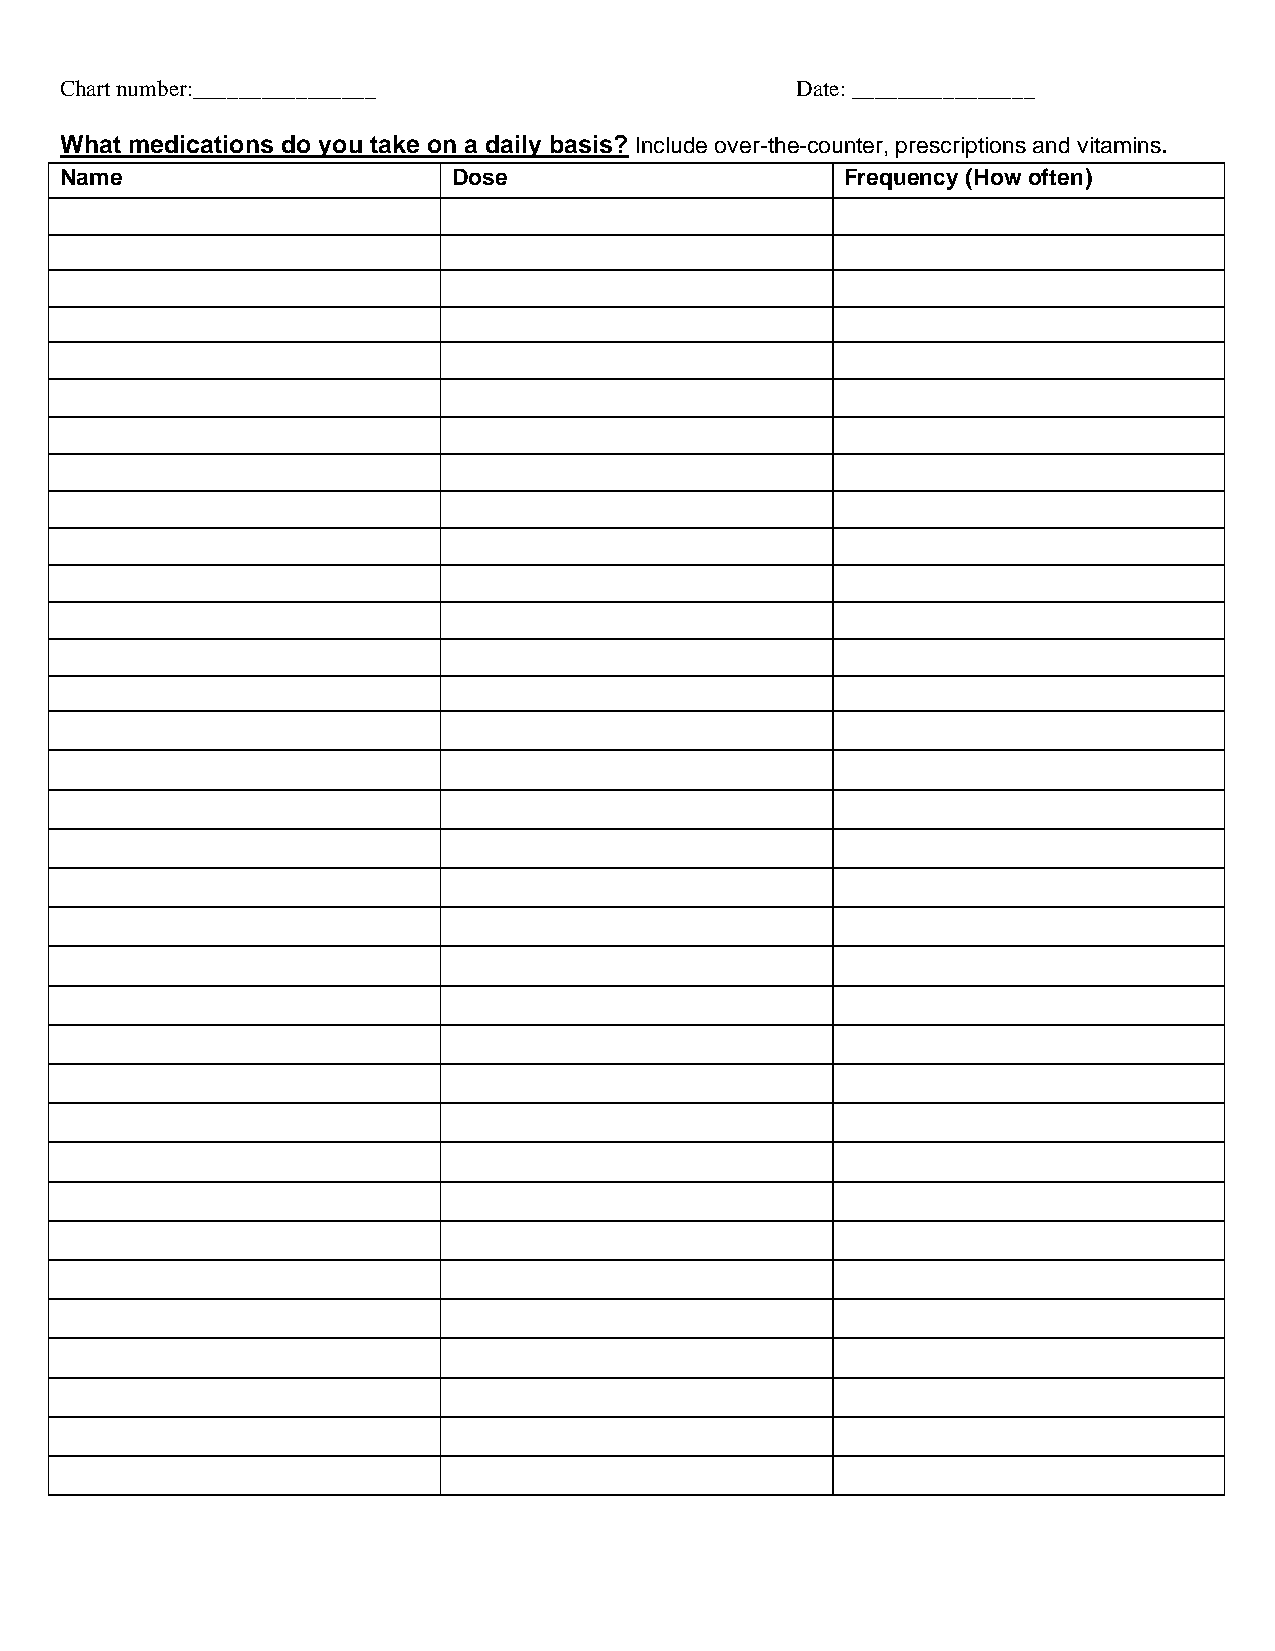
Chart number:________________                    Date: ________________
 What medications do you take on a daily basis? Include over-the-counter, prescriptions and vitamins.
 Name                      Dose                      Frequency (How often)